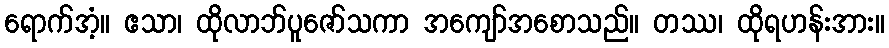
ရောက်အံ့။ ဧသာ၊ ထိုလာဘ်ပူဇော်သကာ အကျော်အစောသည်။ တဿ၊ ထိုရဟန်းအား။